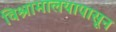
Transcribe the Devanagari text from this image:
विश्रामालयापासून